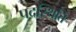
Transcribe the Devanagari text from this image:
पदस्थिति